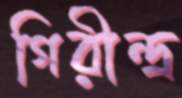
গিরীন্দ্র